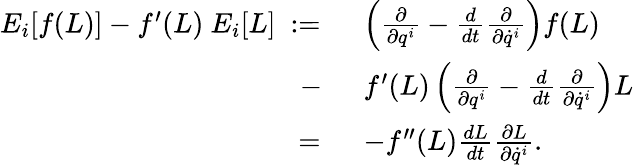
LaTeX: \begin{array}{rl}{E_{i}[f(L)]-f^{\prime}(L)~E_{i}[L]~:=~}&{\left(\frac{\partial}{\partial q^{i}}-\frac{d}{dt}\frac{\partial}{\partial\dot{q}^{i}}\right)f(L)}\\ {~-~}&{f^{\prime}(L)\left(\frac{\partial}{\partial q^{i}}-\frac{d}{dt}\frac{\partial}{\partial\dot{q}^{i}}\right)L}\\ {~=~}&{-f^{\prime\prime}(L)\frac{dL}{dt}\frac{\partial L}{\partial\dot{q}^{i}}.}\end{array}